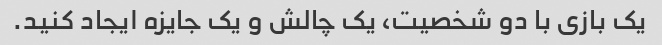
یک بازی با دو شخصیت، یک چالش و یک جایزه ایجاد کنید.